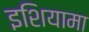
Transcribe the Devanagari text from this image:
इशियामा